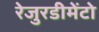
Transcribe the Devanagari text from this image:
रेजुरडीमेंटो